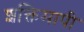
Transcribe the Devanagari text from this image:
शक्तिमापी